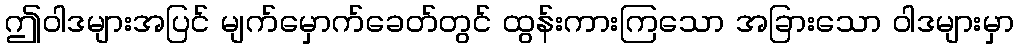
ဤဝါဒများအပြင် မျက်မှောက်ခေတ်တွင် ထွန်းကားကြသော အခြားသော ဝါဒများမှာ